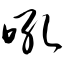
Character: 吼